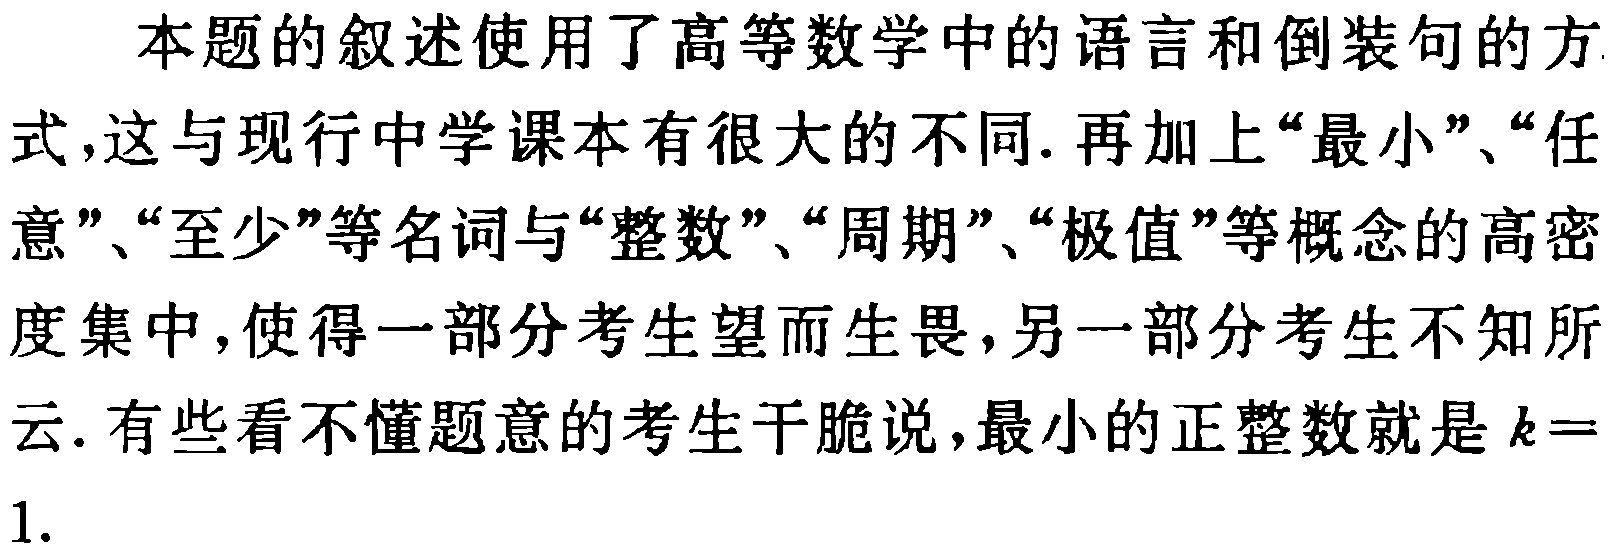
本题的叙述使用了高等数学中的语言和倒装句的方式,这与现行中学课本有很大的不同.再加上“最小”、“任意”、“至少”等名词与“整数”、“周期”、“极值”等概念的高密度集中,使得一部分考生望而生畏,另一部分考生不知所云.有些看不懂题意的考生干脆说,最小的正整数就是\(k = 1\).